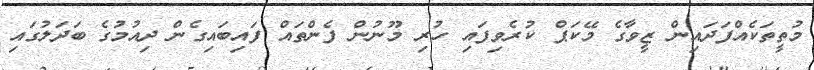
މުތީތަކެއްފަދައިން ޒީވާގެ މޭކަޕް ކުރެވިފައި ހުރި މޫނުން ފެންތައް ފައިބައިގެން ދިއުމުގެ ބަދަލުގައި